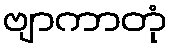
ဗျာကာတုံ